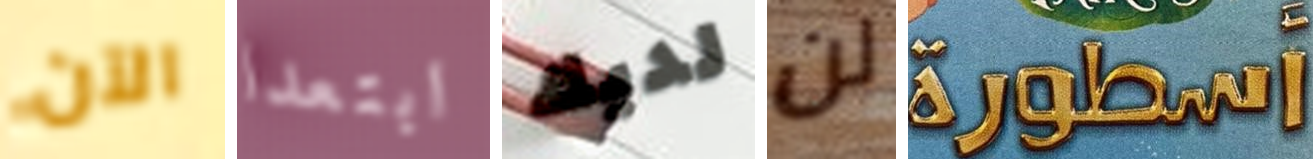
الآن ابتعدا لديك لن أسطورة